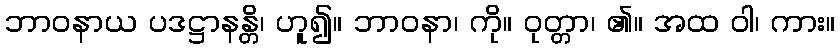
ဘာဝနာယ ပဒဋ္ဌာနန္တိ၊ ဟူ၍။ ဘာဝနာ၊ ကို။ ဝုတ္တာ၊ ၏။ အထ ဝါ၊ ကား။